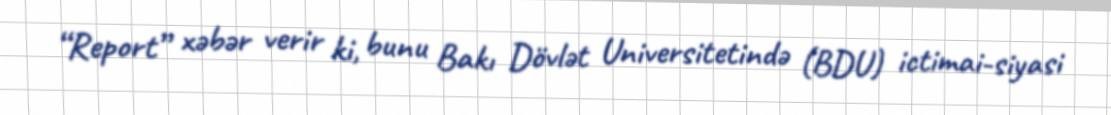
“Report” xəbər verir ki, bunu Bakı Dövlət Universitetində (BDU) ictimai-siyasi